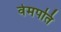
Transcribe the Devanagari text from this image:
वेमपति